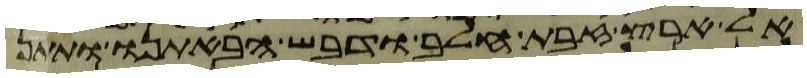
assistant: אל ארץ זבת חלב ודבש הבאתנו ותתן